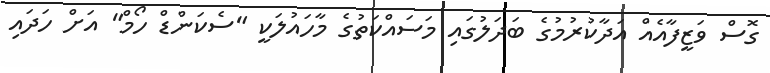
ގޮސް ވަޒީފާއެއް އަދާކުރުމުގެ ބަދަލުގައި މަސައްކަތުގެ މާހައުލަކީ "ސެކަންޑް ހޯމް" އަށް ހަދައި